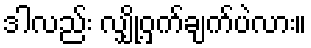
ဒါလည်း လျှို့ဝှက်ချက်ပဲလား။